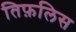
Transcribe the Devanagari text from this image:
तिफ़लिस